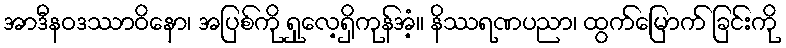
အာဒီနဝဒဿာဝိနော၊ အပြစ်ကို ရှုလေ့ရှိကုန်အံ့။ နိဿရဏပညာ၊ ထွက်မြောက် ခြင်းကို